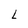
Character: L